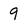
Character: 9